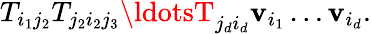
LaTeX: T_{i_{1}j_{2}}T_{j_{2}i_{2}j_{3}}\ldotsT_{j_{d}i_{d}}\mathbf{v}_{i_{1}}\ldots\mathbf{v}_{i_{d}}.